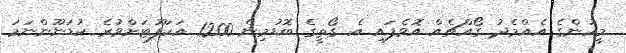
މީހުންގެ އެއްމެދު ގޯއްޗެއް އޮވެފައި އެ ގޯތީގެ ބޮޑުމިން 1200 އަކަފޫޓަށްވުރެ ކުޑަނޫންނަމަ